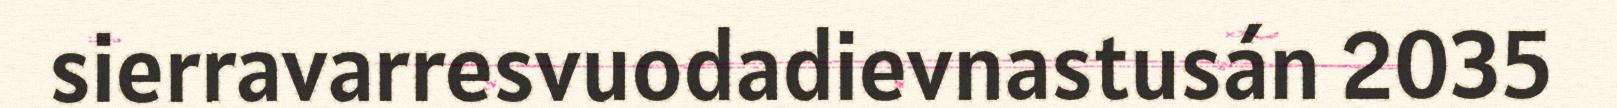
sierravarresvuodadievnastusán 2035